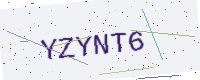
Text: YZYNT6